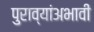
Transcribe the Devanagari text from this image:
पुराव्यांअभावी